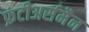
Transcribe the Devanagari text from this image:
फ्रंटीअर्समैन